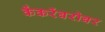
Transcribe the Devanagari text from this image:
केंकरेंबरोबर